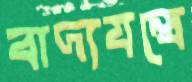
বাদ্যযন্ত্রে